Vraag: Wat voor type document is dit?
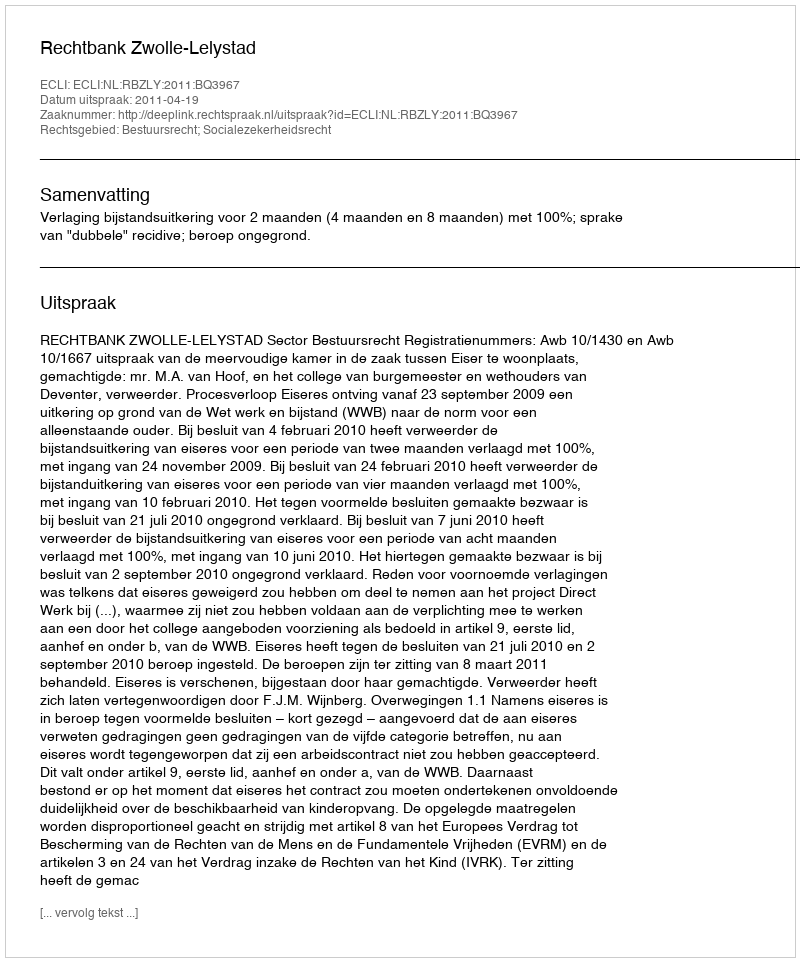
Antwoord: Uitspraak